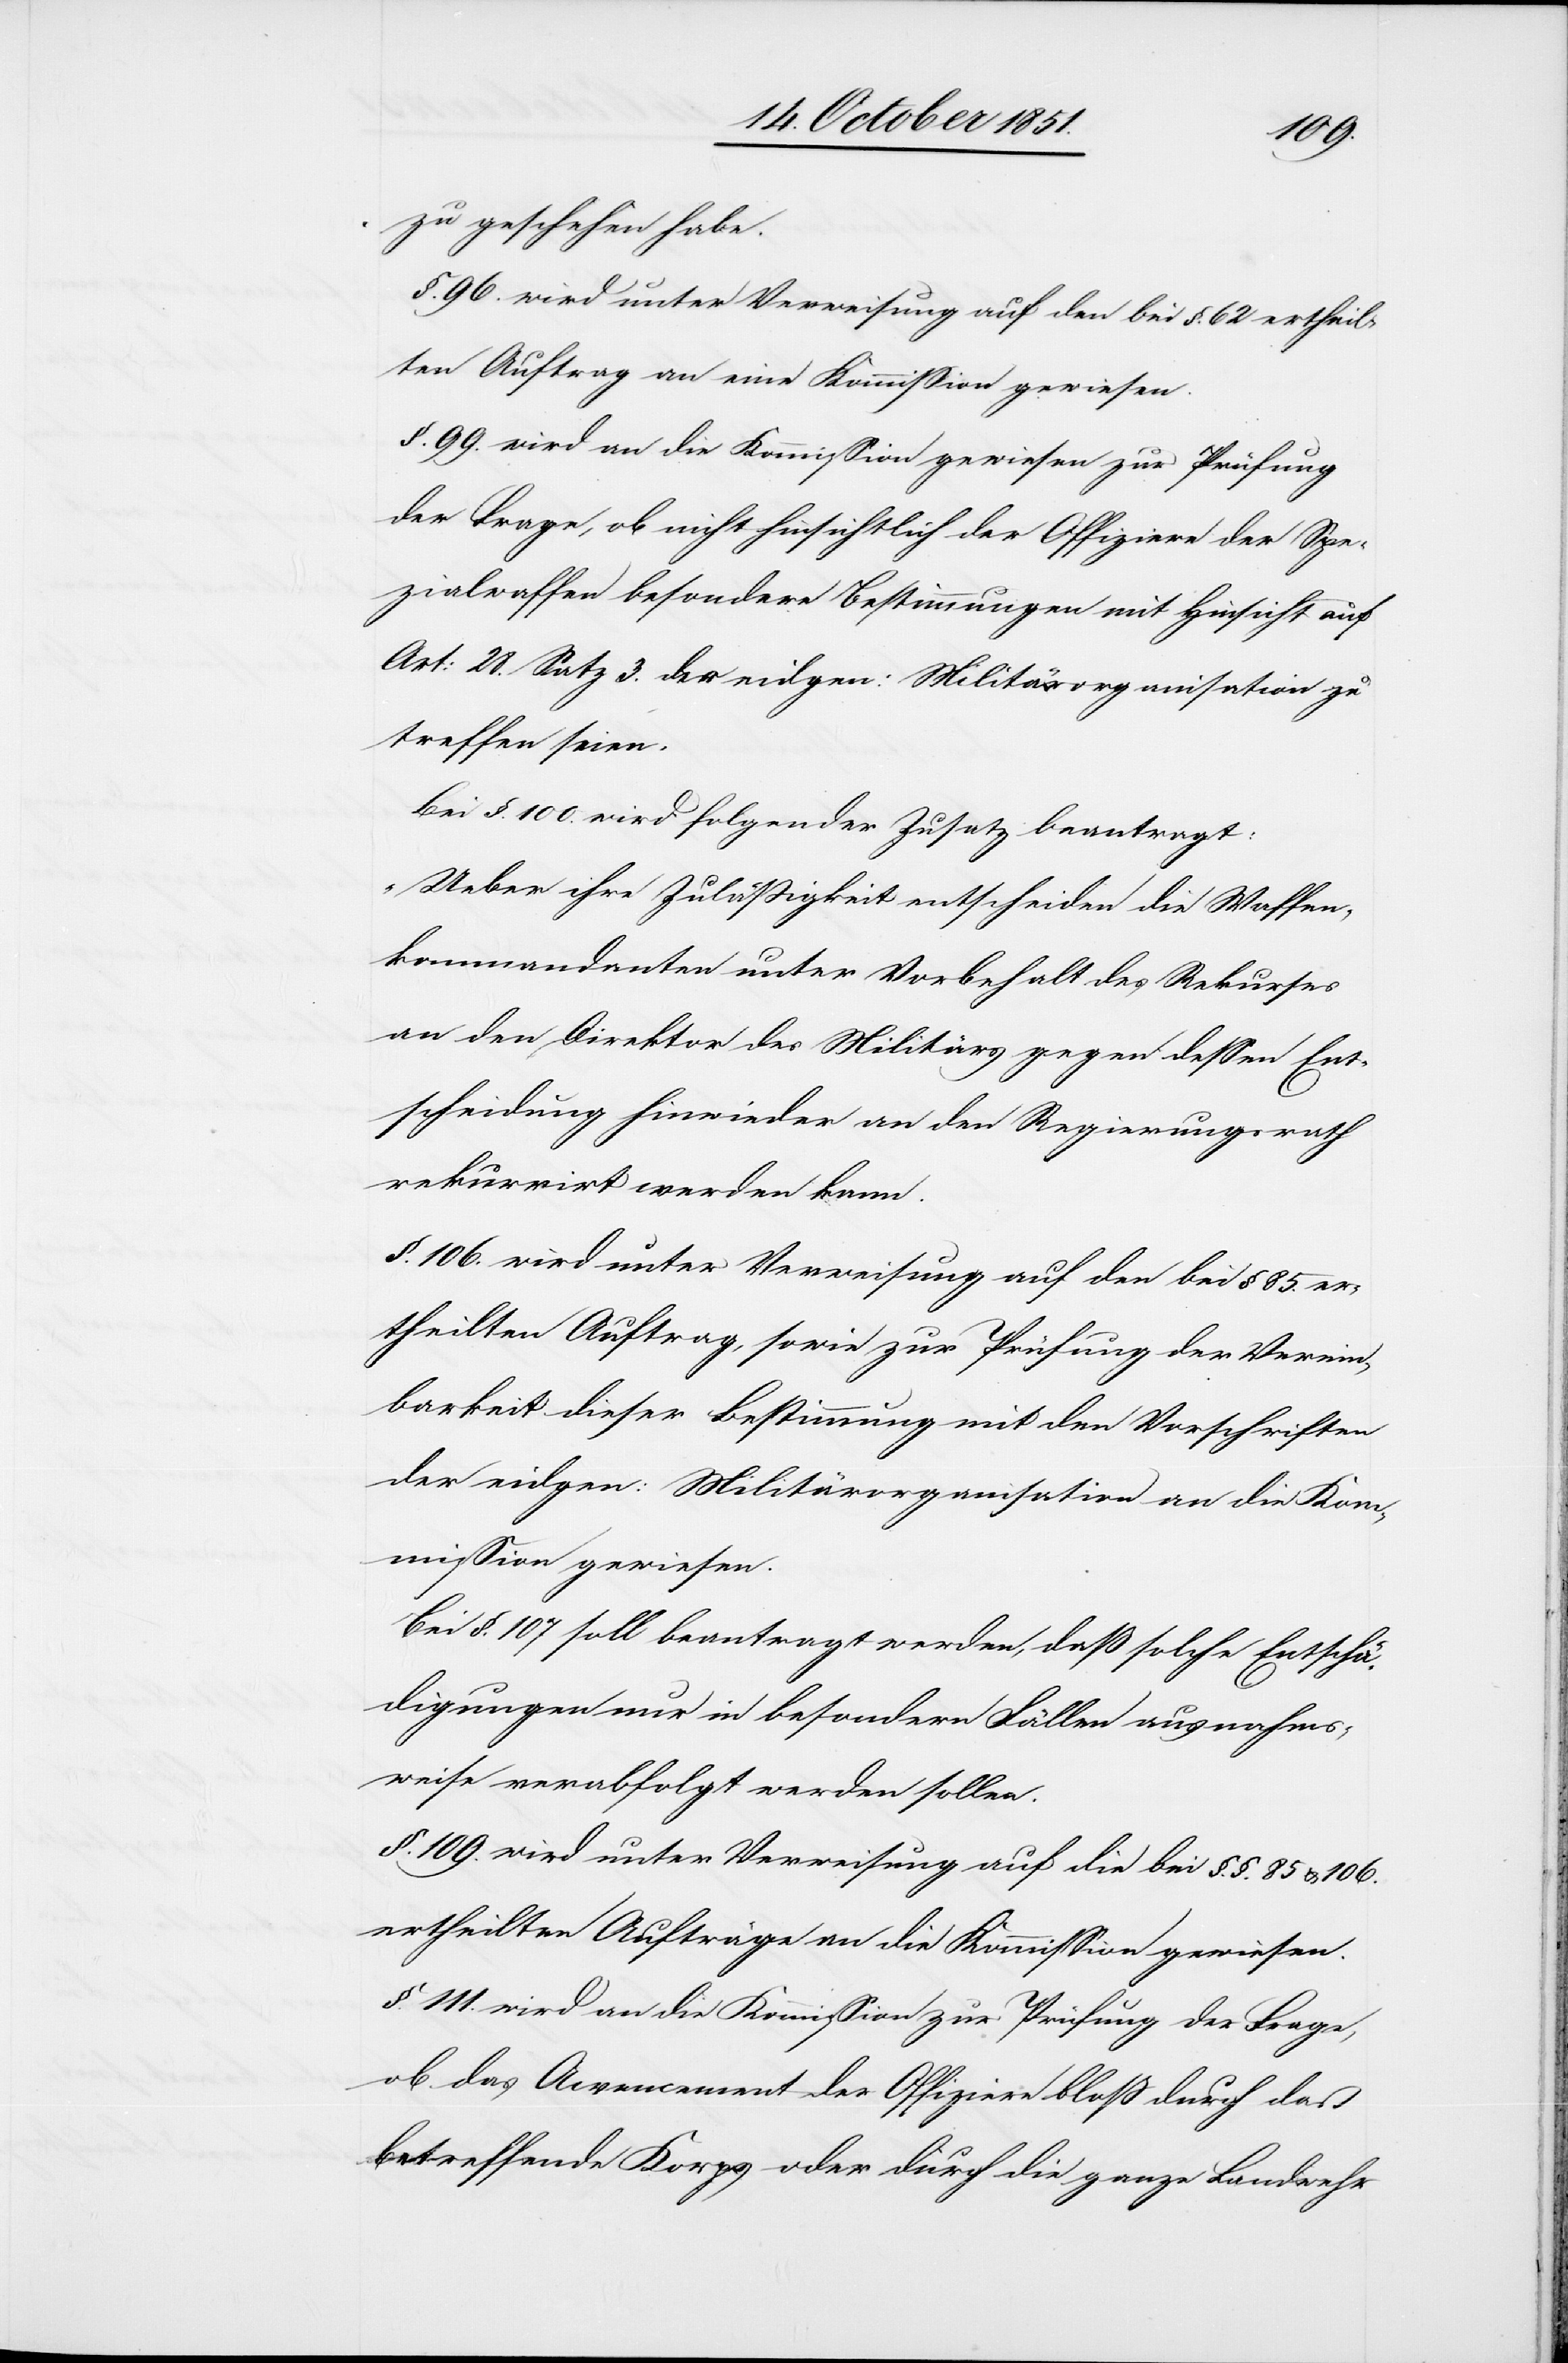
zu geschehen habe.
§. 96. wird unter Verweisung auf den bei §. 62 ertheil¬
ten Auftrag an eine Kommission gewiesen.
§. 99. wird an die Kommission gewiesen zur Prüfung
der Frage, ob nicht hinsichtlich der Offiziere der Spe¬
zialwaffen besondere Bestimmungen mit Hinsicht auf
Art: 28. Satz 3. der eidgen: Militärorganisation zu
treffen seien.
Bei §. 100. wird folgender Zusatz beantragt:
„Ueber ihre Zuläßigkeit entscheiden die Waffen¬
kommandanten unter Vorbehalt des Rekurses
an den Direktor des Militärs gegen dessen Ent¬
scheidung hinwieder an den Regierungsrath
rekurrirt werden kann.[“]
§. 106. wird unter Verweisung auf den bei § 85. er¬
theilten Auftrag, sowie zur Prüfung der Verein¬
barkeit dieser Bestimmung mit den Vorschriften
der eidgen: Militärorganisation an die Kom¬
mission gewiesen.
Bei §. 107 soll beantragt werden, daß solche Entschä¬
digungen nur in besondern Fällen ausnahms¬
weise verabfolgt werden sollen.
§. 109. wird unter Verweisung auf die bei §. §. 85 & 106.
ertheilten Aufträge an die Kommission gewiesen.
§. 111. wird an die Kommission zur Prüfung der Frage,
ob das Acvencement [sic!] der Offiziere bloß durch das
betreffende Korps oder durch die ganze Landwehr